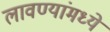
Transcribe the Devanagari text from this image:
लावण्यांमध्ये